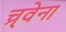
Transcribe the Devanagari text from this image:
च्र्वेना